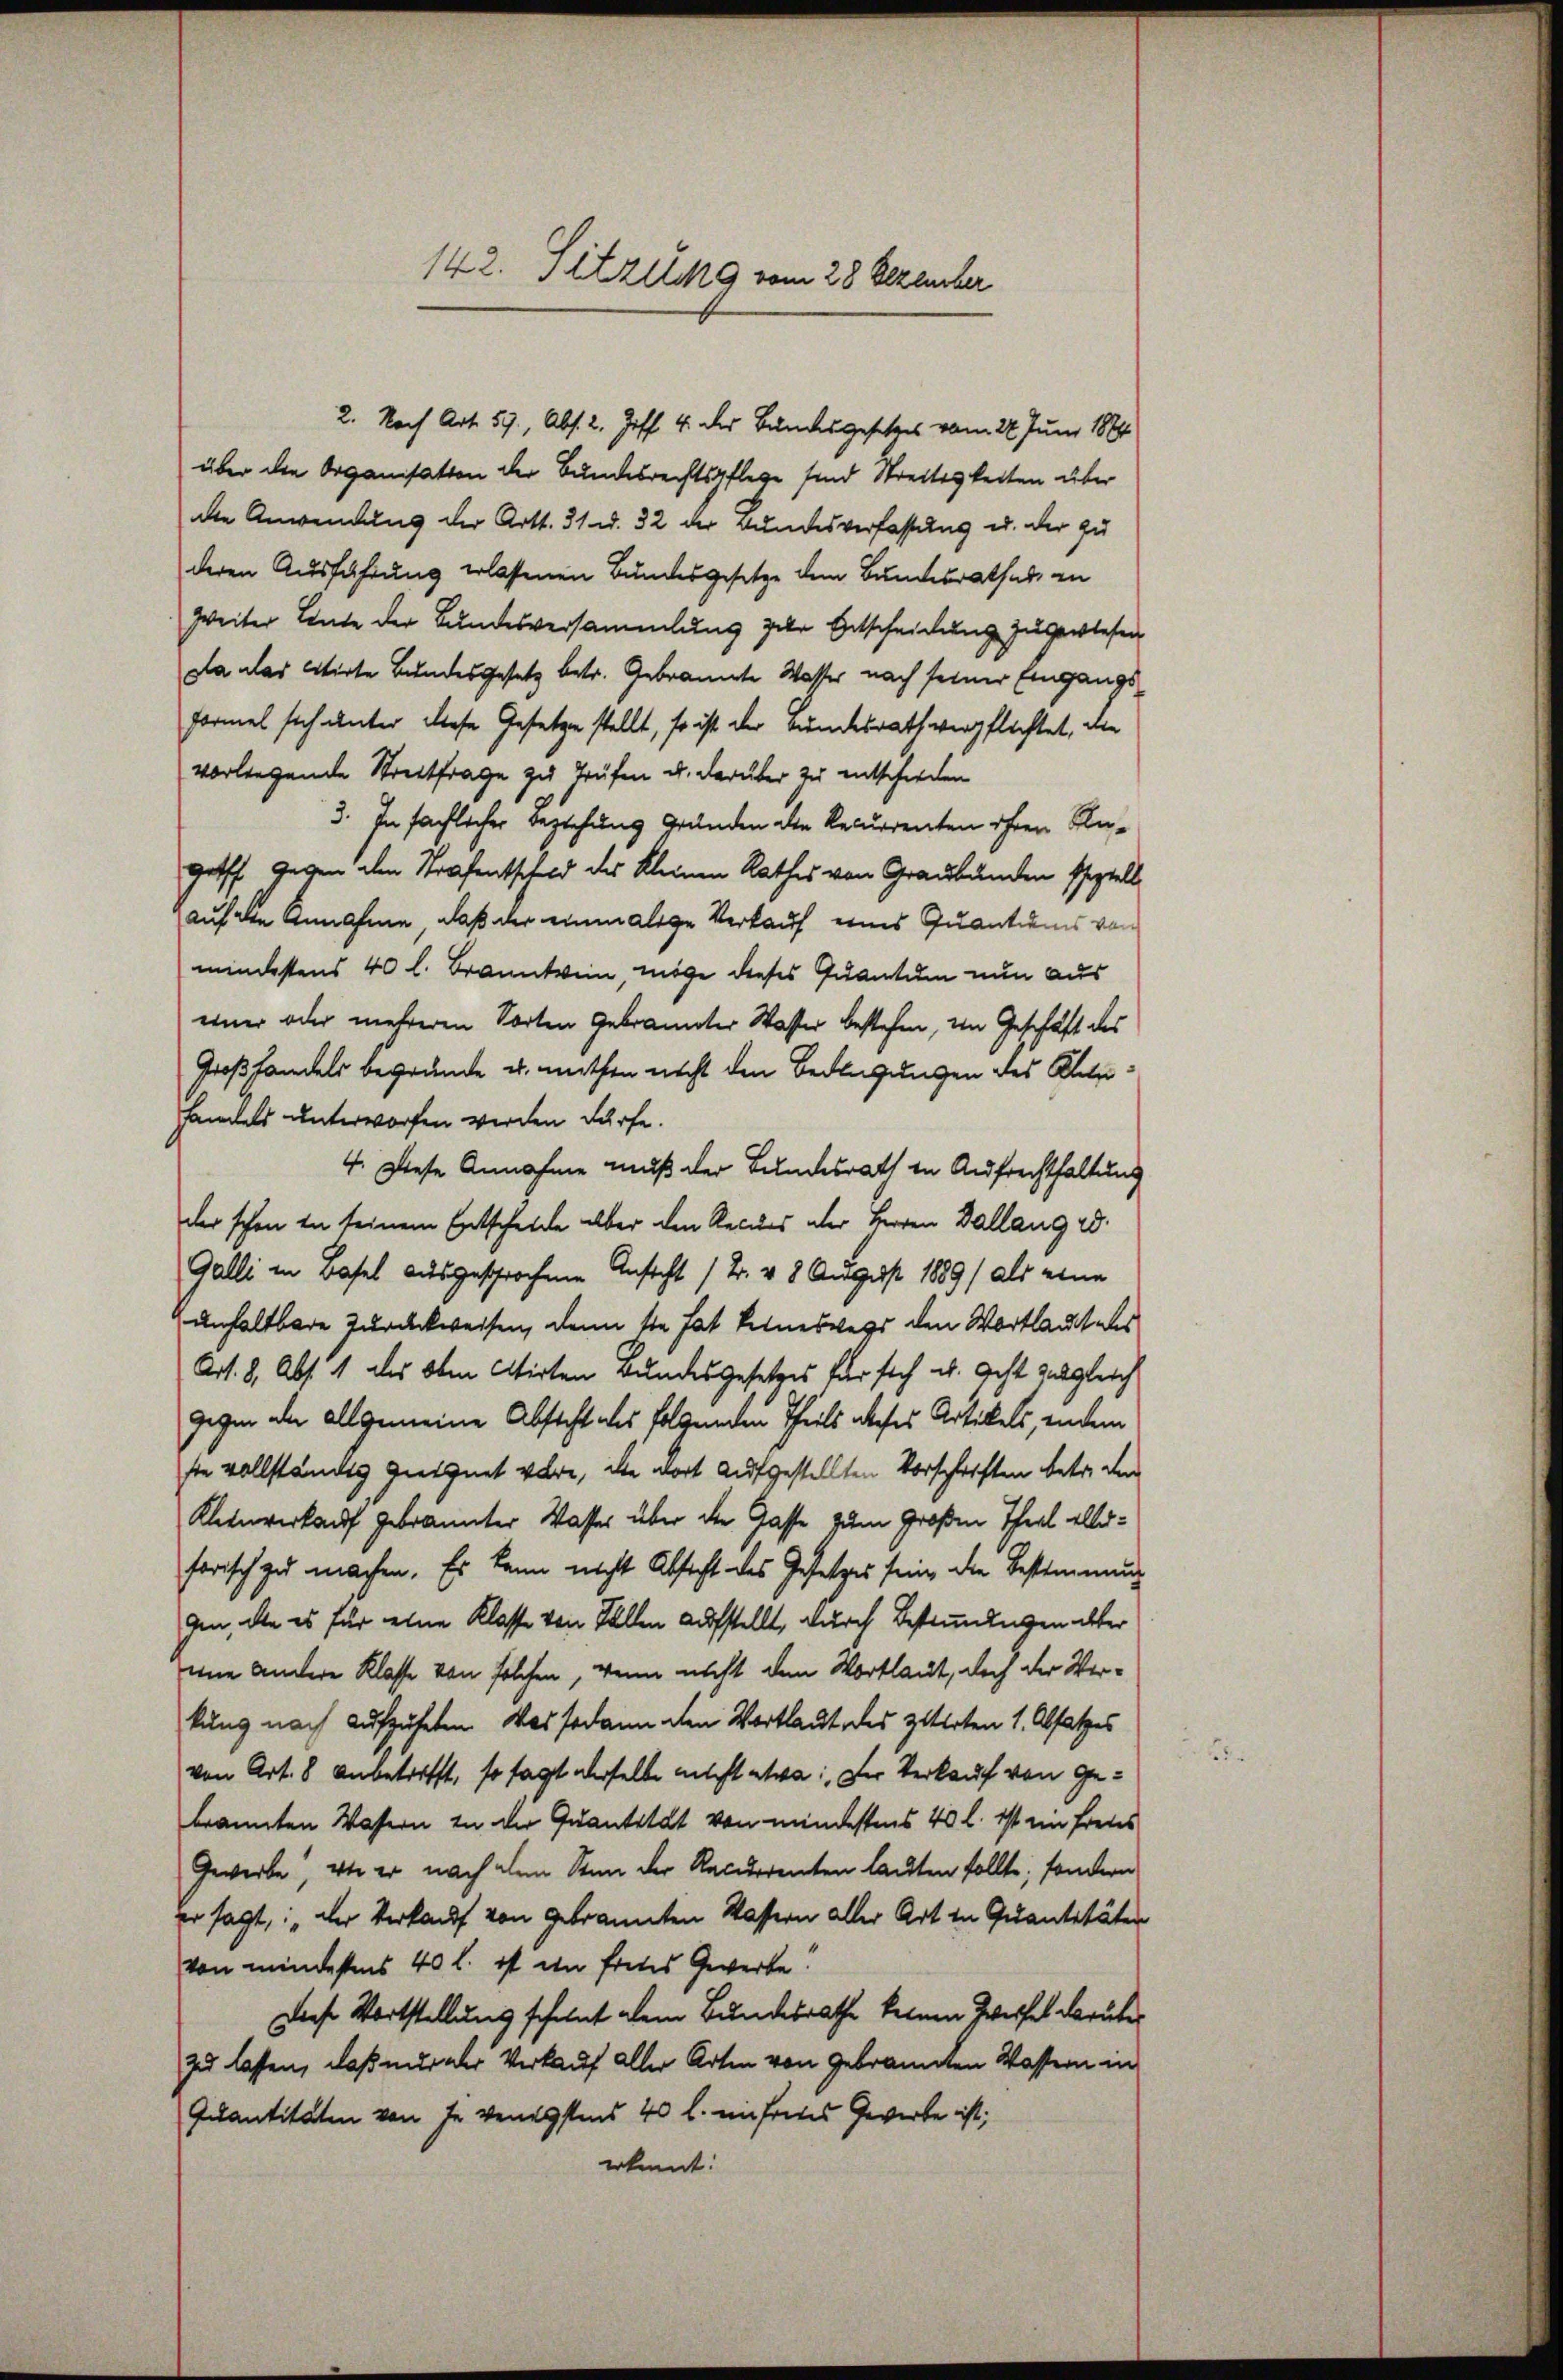
über die Organisation der Bundesrechtspflege sind Streitigkeiten über
ale Anwendung der Art. 31 u. 32 der Bundesverfassung u. der zu
deren Ausführung erlassenen Bundesgesetze dem Bundesrathes an
zweiter Linde der Bundesversammlung zur Entscheidung zugewiesen
da das citirte Bundesgesetz betr. Gebrannte Wasser nach seiner Eingangs
Formel sich unter diese Gesetze stellt, so ist der Bundesrath verpflichtet, die
vorliegende Streitfrage zu Trüfen u. darüber zu entschieden
3. In sächlicher Beziehung Grunden die Recurrenten ihren Ragriff gegen den Strafentschad des Kleinen Rathes von Graubünden speziell
auf den Annahme, daß der einmalige Verkauf eines Quantums von
mindestens 40 l. Branntwein, möge dieses Quantum nun aus
einer oder mehreren Sorten Gebrannter Wasser bestehen, in Geschäft des
Großhandels begründe u. mithen nicht den Bedingungen des Alte
handels unterworfen werden dürfe.
4. Diese Annahme muß der Bundesrath in Aufrechthaltung
der schon in seinem Entscheide aber den Recurs aber Herren Dallang e
Galli in Basel ausgesprochene Ansicht / B. v. 8 August 1889/ als eine
unhaltbare Zurückweisen, denn sie hat keineswegs den Wortlauteles
Art. 8, Abs. 1 des oben stirten Bundesgesetzes für sich u. Geht zugleich
gegen der allgemeine Absteht des folgenden Theils dieses Artikels, indem
ste vollständig geeignet wäre, in wort aufgestellten Vorschriften betr. den
Kleinverkauf gebrannter Wasser über der Gasse zum Großen Theil allerhorisch zu machen. Es kann nicht Absicht des Gesetzes sein die Bestimmung
gen, die es für eine Klasse von Sallen Aufstellt, durch Bestimmungen alter
ene andere Klasse von solchen, wenn nicht den Wortlaut, doch der Verkung nach aufzuheben. Was sodann den Wortlaut des zitirten 1. Absatzes
von Art. 8 anbetrifft, so sagt derselbe nicht etwa: Der Verkauf von Gebrannten Wasern zu der Quantität von mindestens 40 l. ist ein freies
Gewerbe, wie er nach dem Sinn der Recurrenten lauten sollte; sondern
er sagt, „der Verkauf von gebrannten Wassern aller Art in Quantitäter
von mindestens 40 l. ist in freues Gewerke!
Diese Wortstellung scheint dem Bundesrathe keinen Zweifel darüber
zu lassen, daß nur der Verkauf aller Arten von gebrannten Wastern in
Quantitäten von je venigstens 40 l. unfreues Gewerbe ist;
erkennt:

142. Sitzung vom 28. Dezember

2. Nach Art. 57., Abs. 2. Ziff. 4 des Bundesgesetzes vom 22. Juni 1884